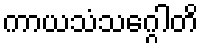
ကာယသံသဂ္ဂေါတိ